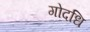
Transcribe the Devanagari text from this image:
गोदधि